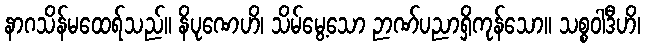
နာဂသိန်မထေရ်သည်။ နိပုဏေဟိ၊ သိမ်မွေ့သော ဉာဏ်ပညာရှိကုန်သော။ သစ္စဝါဒီဟိ၊